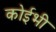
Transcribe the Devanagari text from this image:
कोईभी